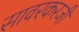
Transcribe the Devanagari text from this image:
सावरकरजी